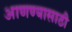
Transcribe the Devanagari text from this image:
आणण्‍यासाठी